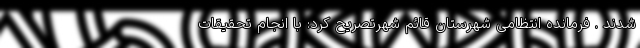
شدند . فرمانده انتظامی شهرستان قائم شهرتصریح کرد: با انجام تحقیقات